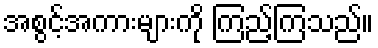
အစွင့်အကားများကို ကြည့်ကြသည်။